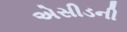
એસીડની